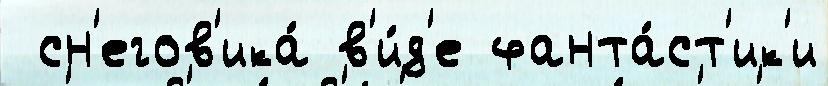
 сн'егов'ика́ в'и́д'е фанта́ст'ик'и